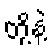
တို့နဲ့